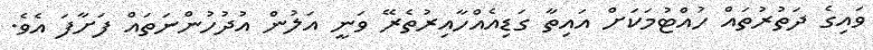
ވައިގެ ދަތުރުތައް ހުއްޓުމަކަށް އައިތާ ގަޑިއެއްހާއިރުތެރޭ ވަނީ އަލުން އުދުހުންނަތައް ފަށާފަ އެވެ.